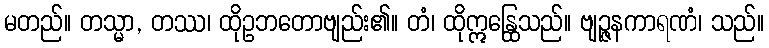
မတည်။ တသ္မာ, တဿ၊ ထိုဥဘတောဗျည်း၏။ တံ၊ ထိုဣန္ထြေသည်။ ဗျဉ္ဇနကာရဏံ၊ သည်။